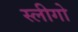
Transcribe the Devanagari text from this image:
स्लीगो